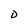
Character: D